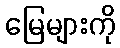
မြေများကို